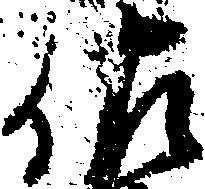
佐